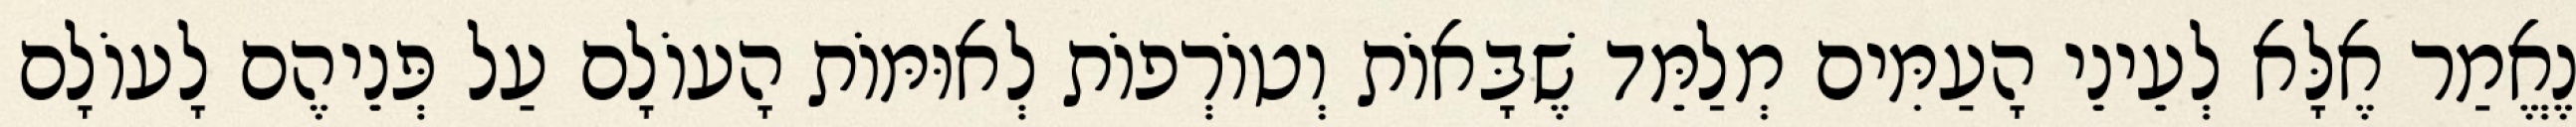
נֶאֱמַר אֶלָּא לְעֵינֵי הָעַמִּים מְלַמֵּד שֶׁבָּאוֹת וְטוֹרְפוֹת לְאוּמּוֹת הָעוֹלָם עַל פְּנֵיהֶם לָעוֹלָם